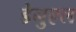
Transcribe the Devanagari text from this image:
डेनुएल